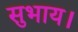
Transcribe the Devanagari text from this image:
सुभाय।